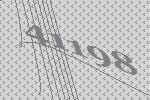
41198